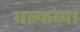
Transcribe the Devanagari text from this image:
गल्फच्या